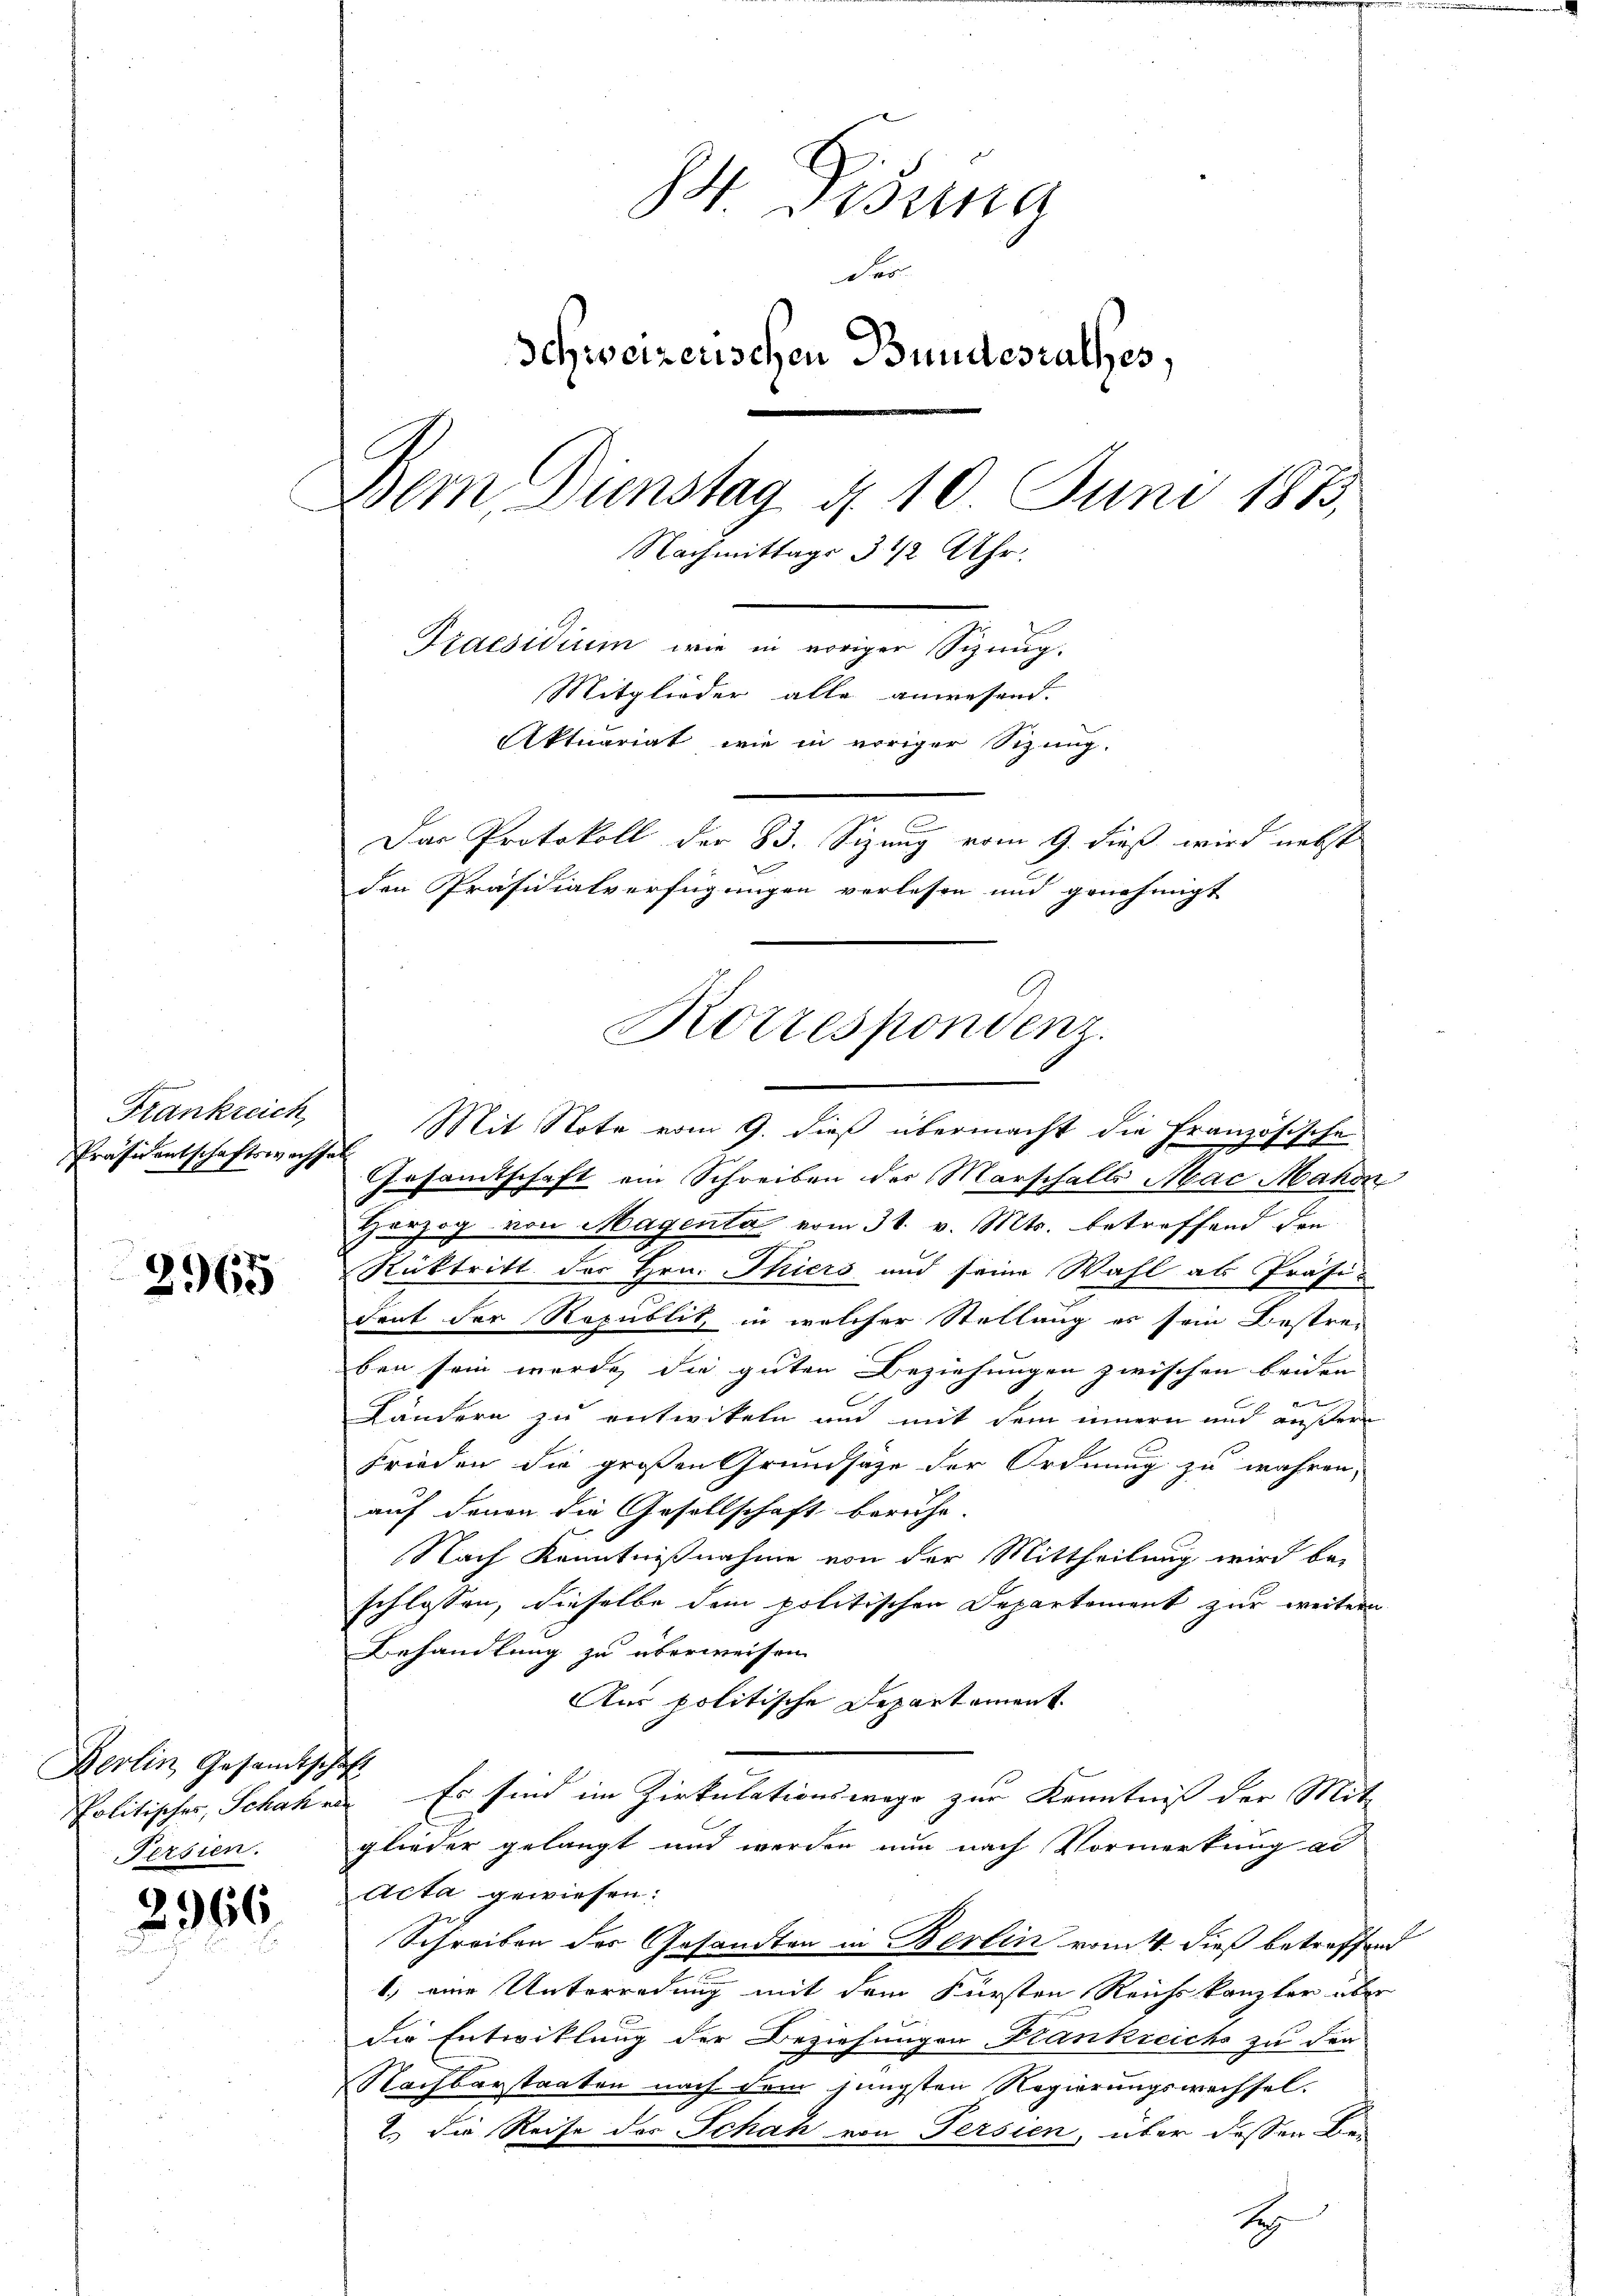
Frankreich,
Präsidentschaftswacht

2965

Berlin Gesandtschaft
Persien.

2966

den Präsidialverfügungen verlesen und genehmigt
Korrespondenz.

84. Disung
der
Schweizerischen Bundesrathes,
Bern Dienstag d. 10. Juni 1875,
Nachmittags 3 1/2 Uhr.
Praesidium wie in voriger Sizung.
Mitglieder alle anwesend.
Aktuariat, wie in voriger Sizung.
Das Protokoll der 83. Sizung vom 9. dieß wird nebst

2. Mit Note vom 9. dieß übermacht die Französische
Gesandtschaft ein Schreiben der Marschalls Mac Mahon
Horzog von Magenta vom 31. v. Mts. betreffend den
Rücktritt des Hrn. Thiers und seine Wahl als Präsi-
dent der Republit in welcher Stellung es sein Bestre-
ben sein werde, die guten Beziehungen zwischen beiden
Ländern zu entwikeln aud mit dem innern und äußere
Frieden die großen Grundsätze der Ordnung zu wahren,
auf denen die Gesellschaft beruhe.
Nach Kenntnißnahme von der Mittheilung wird be-
schlossen, dieselbe dem politischen Departement zur weitern
Behandlung zu überweisen
Aus politische Departement.
Politischer, Schaten. Es sind im Zirkulationswege zur Kenntniß der Mitglieder gelangt und werden nun nach Vormerkung ad
Acta gewiesen:
Schreiben des Gesandten in Berlin vom 4. dieß betreffend
1.) eine Unterredung mit dem Fürsten Reichskanzler über
die Entwicklung der Beziehungen Frankreichs zu der
Nachbarstaaten nach dem jüngsten Regierungswechsel-
2.) Die Reise des Schah von Fersien, über dessen Be-
H